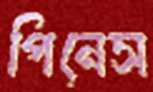
পিনেস